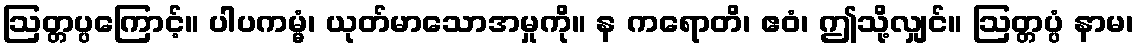
ဩတ္တပ္ပကြောင့်။ ပါပကမ္မံ၊ ယုတ်မာသောအမှုကို။ န ကရောတိ၊ ဧဝံ၊ ဤသို့လျှင်။ ဩတ္တပ္ပံ နာမ၊